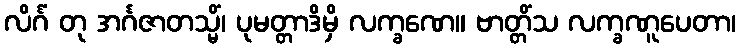
လိင်္ဂံ တု အင်္ဂဇာတသ္မိံ၊ ပုမတ္တာဒိမှိ လက္ခဏေ။ ဗာတ္တိံသ လက္ခဏူပေတာ၊